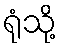
ရုံသို့